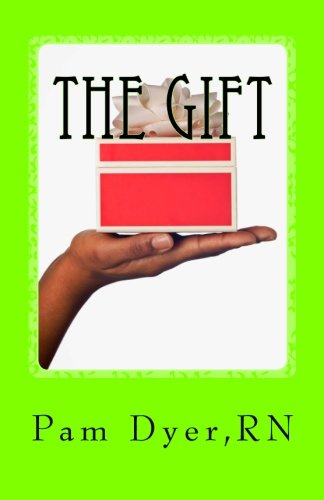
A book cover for The Gift: Our Journey Through Liver Failure And Liver Transplant; Pam Dyer; Health, Fitness & Dieting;